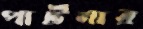
পার্টনার